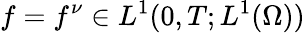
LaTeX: f=f^{\nu}\in L^{1}(0,T;L^{1}(\Omega))